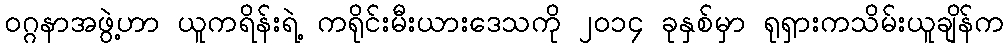
၀ဂ္ဂနာအဖွဲ့ဟာ ယူကရိန်းရဲ့ ကရိုင်းမီးယားဒေသကို ၂၀၁၄ ခုနှစ်မှာ ရုရှားကသိမ်းယူချိန်က